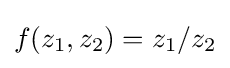
f(z_{1},z_{2})=z_{1}/z_{2}